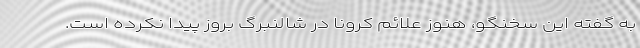
به گفته این سخنگو، هنوز علائم کرونا در شالنبرگ بروز پیدا نکرده است.